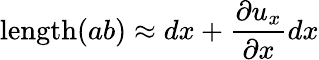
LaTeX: \mathrm{length}(ab)\approx dx+{\frac{\partial u_{x}}{\partial x}}dx